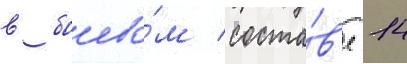
в боево́м соста́в'е 14